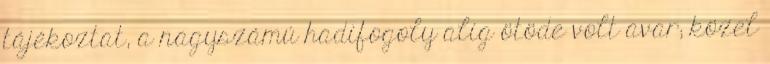
tájékoztat, a nagyszámú hadifogoly alig ötöde volt avar; közel